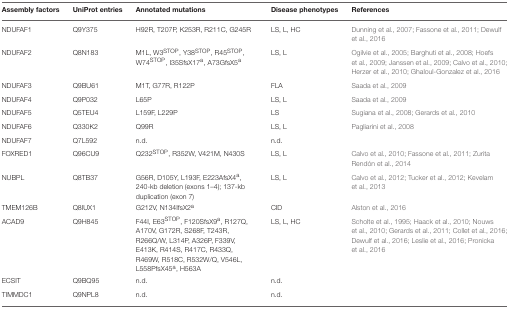
<table><thead><tr><td><b>Assembly factors</b></td><td><b>UniProt entries</b></td><td><b>Annotated mutations</b></td><td><b>Disease phenotypes</b></td><td><b>References</b></td></tr></thead><tbody><tr><td>NDUFAF1</td><td>Q9Y375</td><td>H92R, T207P, K253R, R211C, G245R</td><td>LS, L, HC</td><td>Dunning et al., 2007; Fassone et al., 2011; Dewulf et al., 2016</td></tr><tr><td>NDUFAF2</td><td>Q8N183</td><td>M1L, W3<sup>STOP</sup>, Y38<sup>STOP</sup>, R45<sup>STOP</sup>, W74<sup>STOP</sup>, I35SfsX17<sup>a</sup>, A73GfsX5<sup>a</sup></td><td>LS, L</td><td>Ogilvie et al., 2005; Barghuti et al., 2008; Hoefs et al., 2009; Janssen et al., 2009; Calvo et al., 2010; Herzer et al., 2010; Ghaloul-Gonzalez et al., 2016</td></tr><tr><td>NDUFAF3</td><td>Q9BU61</td><td>M1T, G77R, R122P</td><td>FLA</td><td>Saada et al., 2009</td></tr><tr><td>NDUFAF4</td><td>Q9P032</td><td>L65P</td><td>LS, L</td><td>Saada et al., 2009</td></tr><tr><td>NDUFAF5</td><td>Q5TEU4</td><td>L159F, L229P</td><td>LS</td><td>Sugiana et al., 2008; Gerards et al., 2010</td></tr><tr><td>NDUFAF6</td><td>Q330K2</td><td>Q99R</td><td>LS, L</td><td>Pagliarini et al., 2008</td></tr><tr><td>NDUFAF7</td><td>Q7L592</td><td>n.d.</td><td>n.d.</td><td></td></tr><tr><td>FOXRED1</td><td>Q96CU9</td><td>Q232<sup>STOP</sup>, R352W, V421M, N430S</td><td>LS, L</td><td>Calvo et al., 2010; Fassone et al., 2011; Zurita Rendón et al., 2014</td></tr><tr><td>NUBPL</td><td>Q8TB37</td><td>G56R, D105Y, L193F, E223AfsX4<sup>a</sup>, 240-kb deletion (exons 1–4); 137-kb duplication (exon 7)</td><td>LS, L</td><td>Calvo et al., 2012; Tucker et al., 2012; Kevelam et al., 2013</td></tr><tr><td>TMEM126B</td><td>Q8IUX1</td><td>G212V, N134IfsX2<sup>a</sup></td><td>CID</td><td>Alston et al., 2016</td></tr><tr><td>ACAD9</td><td>Q9H845</td><td>F44I, E63<sup>STOP</sup>, F120SfsX9<sup>a</sup>, R127Q, A170V, G172R, S268F, T243R, R266Q/W, L314P, A326P, F339V, E413K, R414S, R417C, R433Q, R469W, R518C, R532W/Q, V546L, L558PfsX45<sup>a</sup>, H563A</td><td>LS, L, HC</td><td>Scholte et al., 1995; Haack et al., 2010; Nouws et al., 2010; Gerards et al., 2011; Collet et al., 2016; Dewulf et al., 2016; Leslie et al., 2016; Pronicka et al., 2016</td></tr><tr><td>ECSIT</td><td>Q9BQ95</td><td>n.d.</td><td>n.d.</td><td></td></tr><tr><td>TIMMDC1</td><td>Q9NPL8</td><td>n.d.</td><td>n.d.</td><td></td></tr></tbody></table>